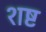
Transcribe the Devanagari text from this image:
शष्ट